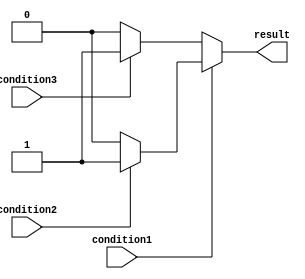
module nested_if_else (
    input wire condition1,
    input wire condition2,
    input wire condition3,
    output wire result
);

reg result;

always @(*) begin
    if (condition1) begin
        if (condition2) begin
            result = 1; // Both condition1 and condition2 are true
        end else begin
            result = 0; // condition1 is true but condition2 is false
        end
    end else begin
        if (condition3) begin
            result = 1; // condition1 is false but condition3 is true
        end else begin
            result = 0; // Both condition1 and condition3 are false
        end
    end
end

endmodule